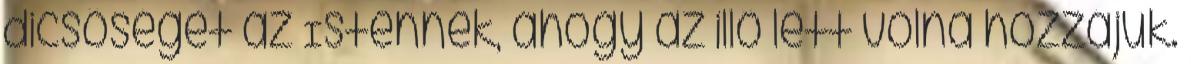
dicsőséget az Istennek, ahogy az illő lett volna hozzájuk.